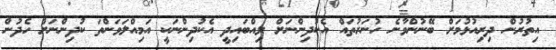
އިތުރުން ދިރިއުޅުމަށް ބޭނުންވާނެ ހުނަރުތައް އެކުދިންނަށް ލިއްބައިދީ އެކުދިންނަކީ އަމިއްލަވަންތަ ކުދިންނަށް ހެދުން